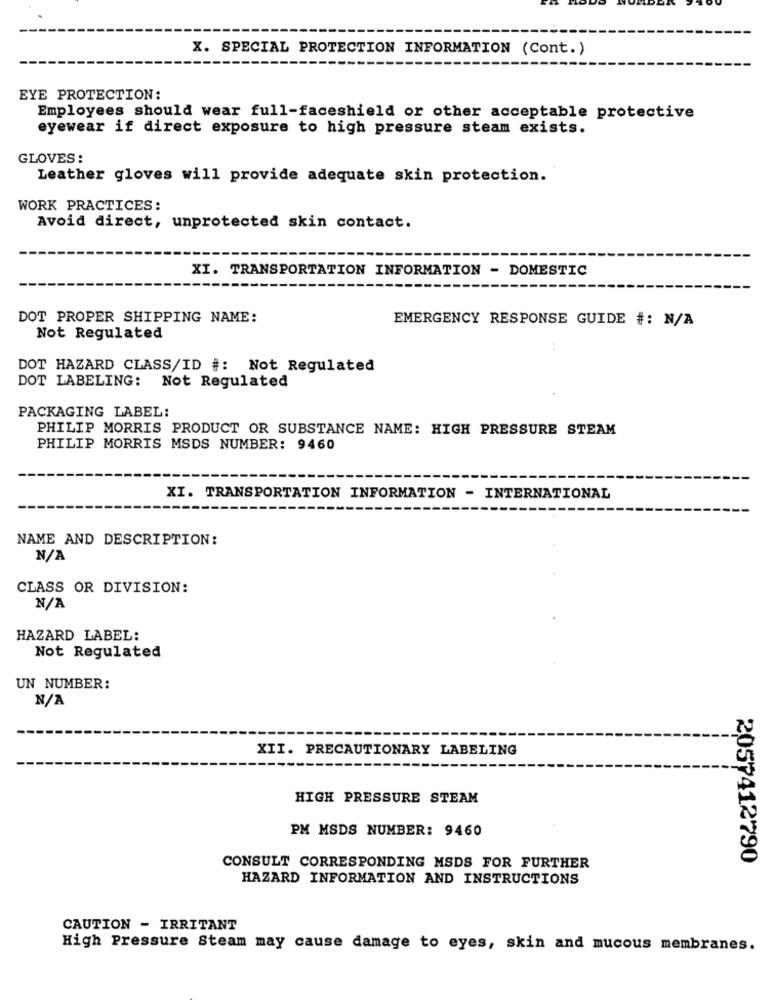
X. SPECIAL PROTECTION INFORMATION (Cont.)
EYE PROTECTION:
Employees should wear full-faceshield or other acceptable protective
eyewear if direct exposure to high pressure steam exists.
GLOVES:
Leather gloves will provide adequate skin protection.
WORK PRACTICES:
Avoid direct, unprotected skin contact.
XI. TRANSPORTATION INFORMATION - DOMESTIC
DOT PROPER SHIPPING NAME:
EMERGENCY RESPONSE GUIDE #: N/A
Not Regulated
DOT HAZARD CLASS/ID #: Not Regulated
DOT LABELING: Not Regulated
PACKAGING LABEL:
PHILIP MORRIS PRODUCT OR SUBSTANCE NAME: HIGH PRESSURE STEAM
PHILIP MORRIS MSDS NUMBER: 9460
XI. TRANSPORTATION INFORMATION - INTERNATIONAL
NAME AND DESCRIPTION:
CLASS OR DIVISION:
HAZARD LABEL:
Not Regulated
UN NUMBER:
XII. PRECAUTIONARY LABELING
HIGH PRESSURE STEAM
PM MSDS NUMBER: 9460
2057412790
CONSULT CORRESPONDING MSDS FOR FURTHER
HAZARD INFORMATION AND INSTRUCTIONS
CAUTION - IRRITANT
High Pressure Steam may cause damage to eyes, skin and mucous membranes.